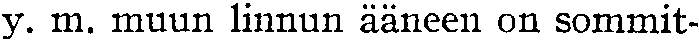
y. m. muun linnun ääneen on sommit-